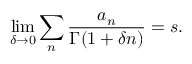
\operatorname* { l i m } _ { \delta \rightarrow 0 } \sum _ { n } { \frac { a _ { n } } { \Gamma ( 1 + \delta n ) } } = s .